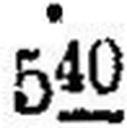
540